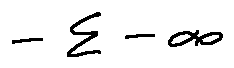
- \sum - \infty